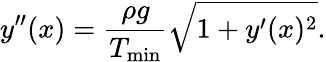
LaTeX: y^{\prime\prime}(x)=\frac{\rho g}{T_{\mathrm{min}}}\sqrt{1+y^{\prime}(x)^{2}}.